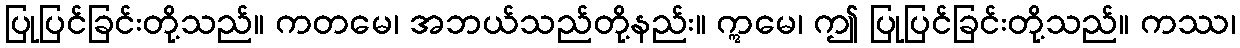
ပြုပြင်ခြင်းတို့သည်။ ကတမေ၊ အဘယ်သည်တို့နည်း။ ဣမေ၊ ဤ ပြုပြင်ခြင်းတို့သည်။ ကဿ၊